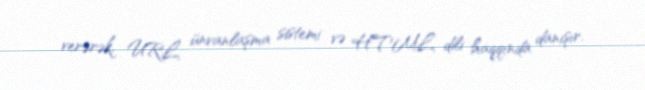
verərək, URL ünvanlaşma sistemi və HTML dili haqqında danışır.